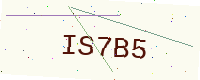
Text: IS7B5